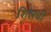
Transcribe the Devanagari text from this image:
शिलधी